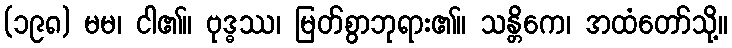
(၁၉၈) မမ၊ ငါ၏။ ဗုဒ္ဓဿ၊ မြတ်စွာဘုရား၏။ သန္တိကေ၊ အထံတော်သို့။